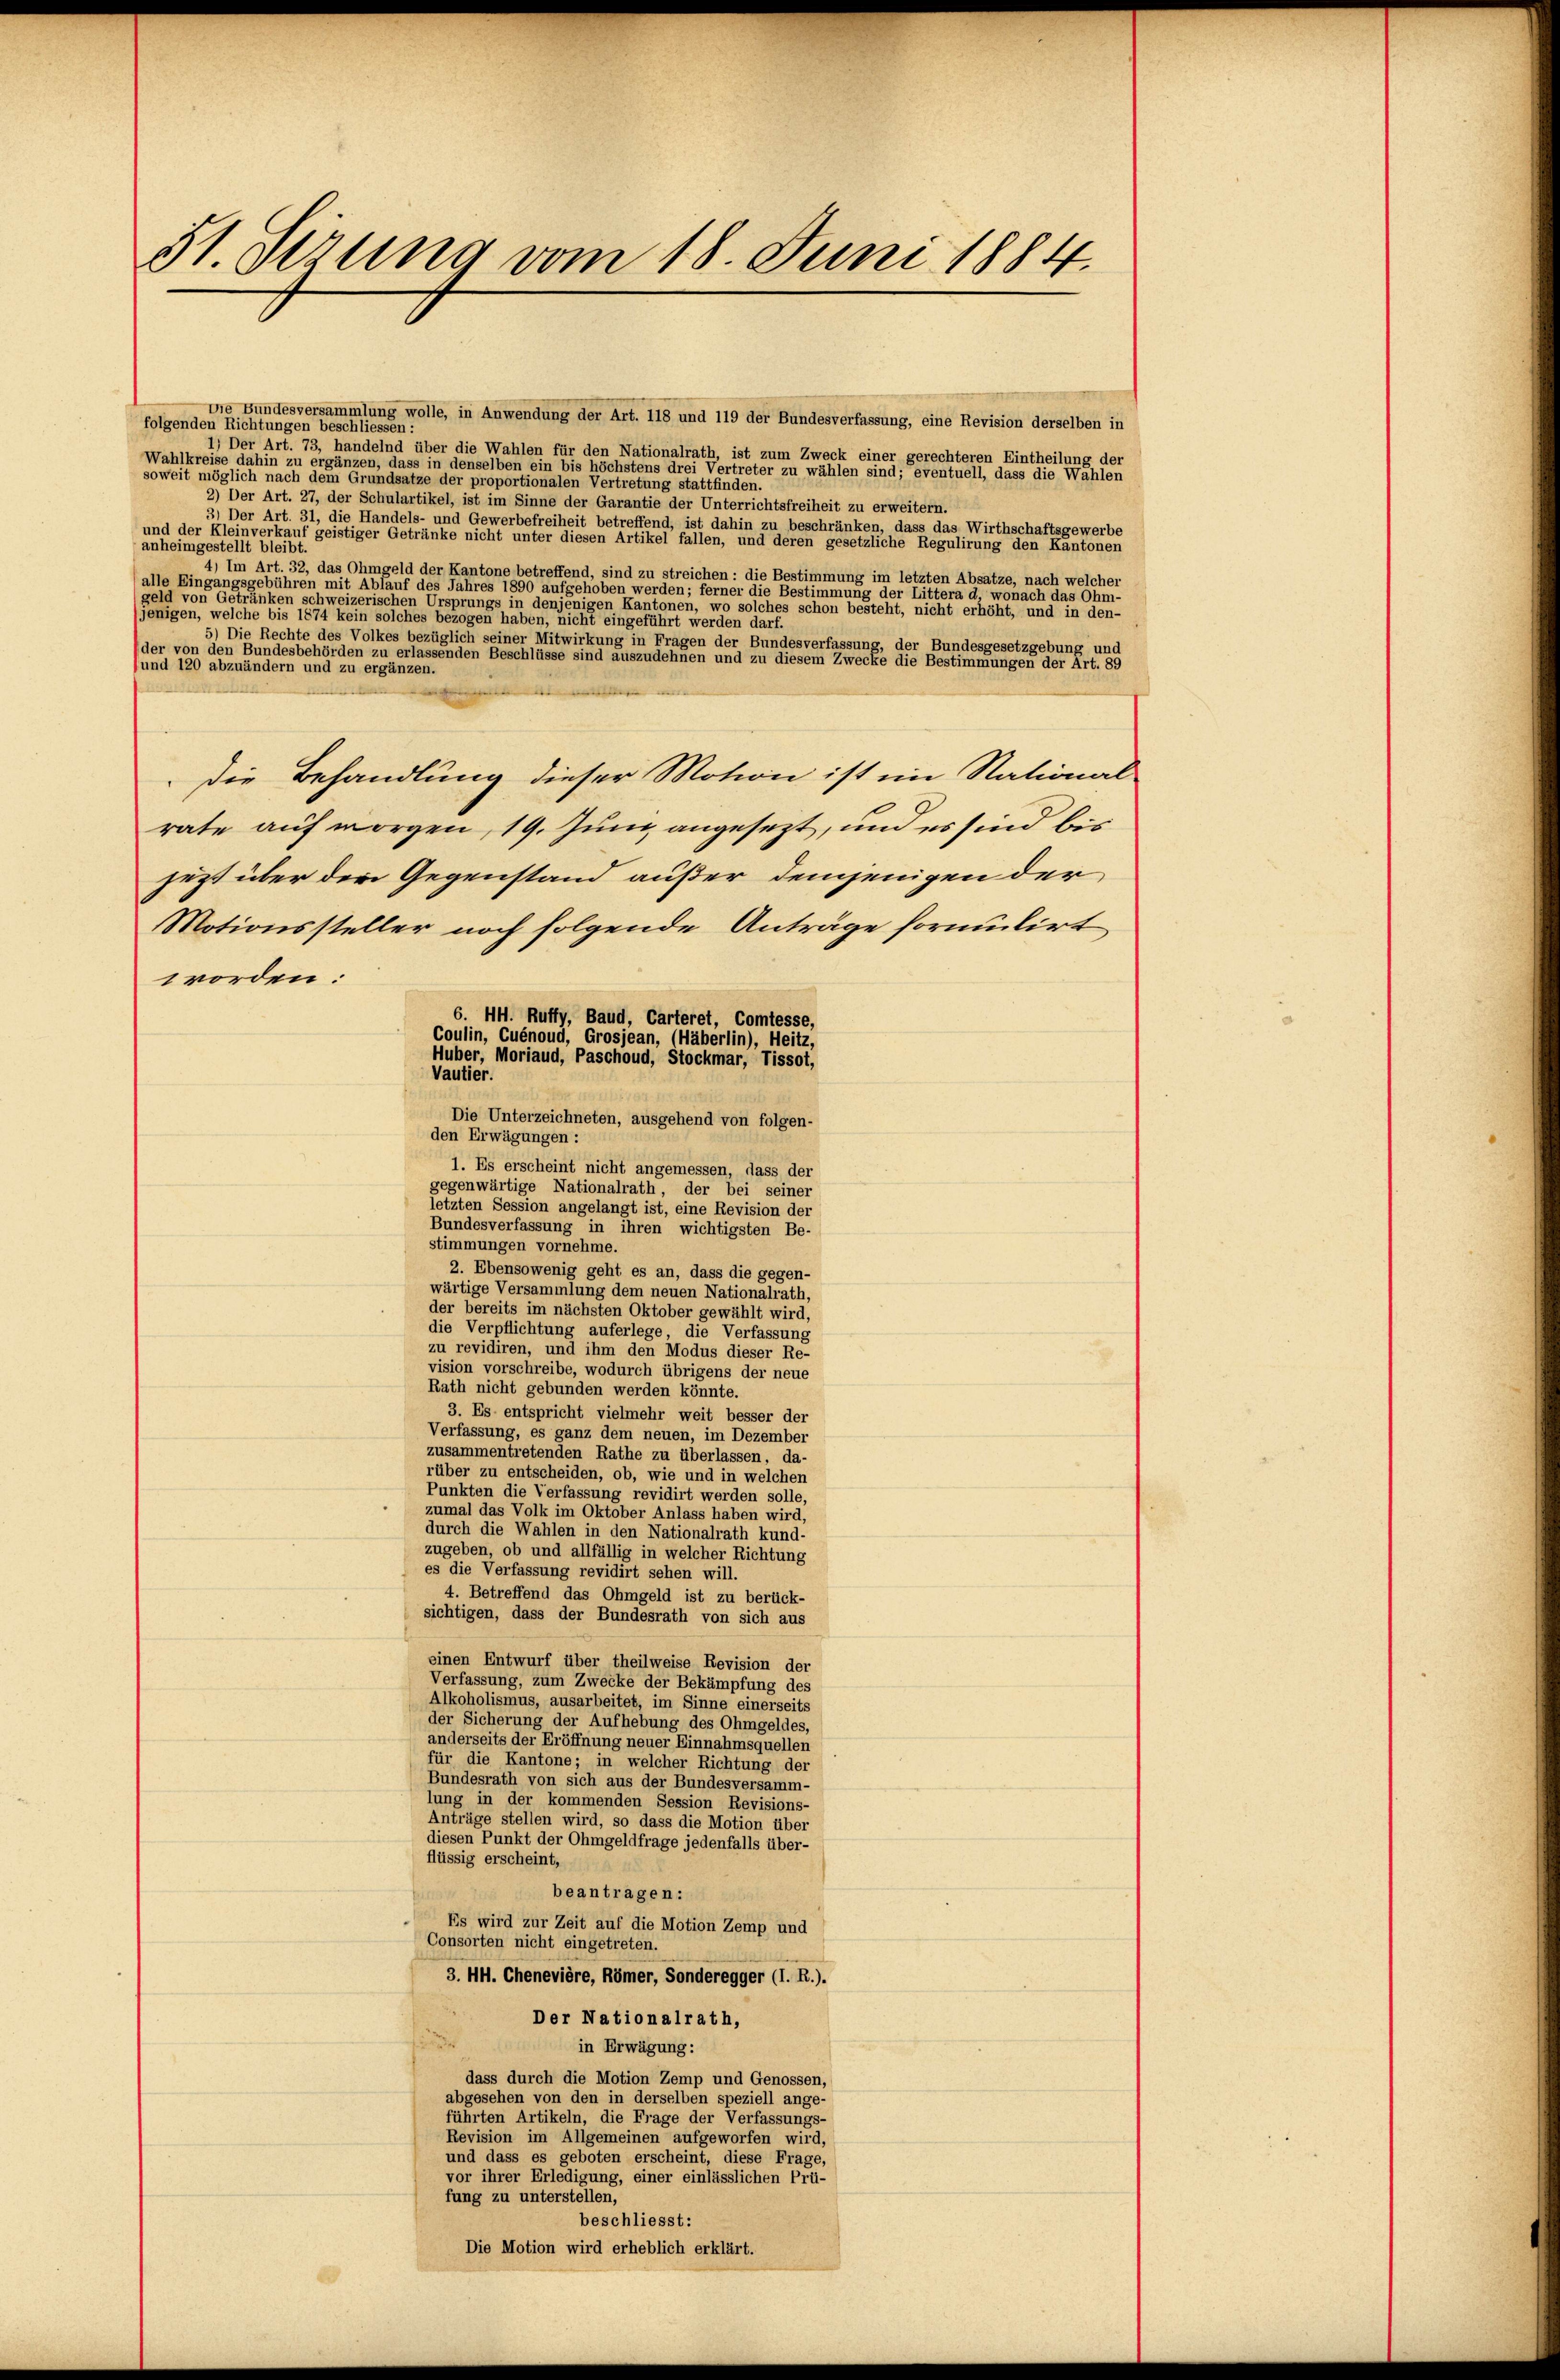
31. Sizung vom 18. Juni 1884.

Die Bundesversammlung wolle, in Anwendung der Art. 118 und 119 der Bundesverfassung, eine Revision derselben in
folgenden Richtungen beschliessen:
1) Der Art. 73, handelnd über die Wahlen für den Nationalrath, ist zum Zweck einer gerechteren Eintheilung der
Wahlkreise dahin zu ergänzen, dass in denselben ein bis höchstens drei Vertreter zu wählen sind; eventuell, dass die Wahlen
soweit möglich nach dem Grundsätze der proportionalen Vertretung stattfinden.
2) Der Art. 27, der Schulartikel, ist im Sinne der Garantie der Unterrichtsfreiheit zu erweitern.
3) Der Art. 31, die Handels- und Gewerbefreiheit betreffend, ist dahin zu beschränken, dass das Wirthschaftsgewerbe
und der Kleinverkauf geistiger Getränke nicht unter diesen Artikel fallen, und deren gesetzliche Regulirung den Kantonen
anheimgestellt bleibt.
4) Im Art. 32, das Ohmgeld der Kantone betreffend, sind zu streichen: die Bestimmung im letzten Absatze, nach welcher
(alle Eingangsgebühren mit Ablauf des Jahres 1890 aufgehoben werden; ferner die Bestimmung der Littera d, wonach das Ohm-
eld von Getränken schweizerischen Ursprungs in denjenigen Kantonen, wo solches schon besteht, nicht erhöht, und in den-
jenigen, welche bis 1874 kein solches bezogen haben, nicht eingeführt werden darf.
5) Die Rechte des Volkes bezüglich seiner Mitwirkung in Fragen der Bundesverfassung, der Bundesgesetzgebung und
(der von den Bundesbehörden zu erlassenden Beschlüsse sind auszudehnen und zu diesem Zwecke die Bestimmungen der Art. 89
und 120 abzuändern und zu ergänzen.
die Behandlung dieser Motion ist im National
rate auf morgen, 19. Juni angesezt, und es sind bis
heit über den Gegenstand außer demjenigen der
Motionssteller noch folgende Anträge formulirt
worden:
6. HH. Ruffy, Baud, Carteret, Comtesse,
Coulin, Cuénoud, Grosjean, (Häberlin), Heitz,
Huber, Moriaud, Paschoud, Stockmar, Tissot,
Vautier.
Die Unterzeichneten, ausgehend von folgen-
den Erwägungen:
1. Es erscheint nicht angemessen, dass der
gegenwärtige Nationalrath, der bei seiner
letzten Session angelangt ist, eine Revision der
Bundesverfassung in ihren wichtigsten Be-
stimmungen vornehme.
2. Ebensowenig geht es an, dass die gegen-
wärtige Versammlung dem neuen Nationalrath,
der bereits im nächsten Oktober gewählt wird,
die Verpflichtung auferlege, die Verfassung
zu revidiren, und ihm den Modus dieser Re-
vision vorschreibe, wodurch übrigens der neue
Rath nicht gebunden werden könnte.
3. Es entspricht vielmehr weit besser der
Verfassung, es ganz dem neuen, im Dezember
zusammentretenden Rathe zu überlassen, da-
rüber zu entscheiden, ob, wie und in welchen
Punkten die Verfassung revidirt werden solle,
zumal das Volk im Oktober Anlass haben wird,
durch die Wahlen in den Nationalrath kund-
zugeben, ob und allfällig in welcher Richtung
es die Verfassung revidirt sehen will.
4. Betreffend das Ohmgeld ist zu berück-
sichtigen, dass der Bundesrath von sich aus
einen Entwurf über theilweise Revision der
Verfassung, zum Zwecke der Bekämpfung des
Alkoholismus, ausarbeitet, im Sinne einerseits
der Sicherung der Aufhebung des Ohmgeldes,
anderseits der Eröffnung neuer Einnahmsquellen
für die Kantone; in welcher Richtung der
Bundesrath von sich aus der Bundesversamm-
lung in der kommenden Session Revisions-
Anträge stellen wird, so dass die Motion über
diesen Punkt der Ohmgeldfrage jedenfalls über-
flüssig erscheint,
beantragen:
Es wird zur Zeit auf die Motion Zemp und
Consorten nicht eingetreten.
3. 44. Chenevière, Römer, Sonderegger (I. R.).
Der Nationalrath,
in Erwägung:
dass durch die Motion Zemp und Genossen,
abgesehen von den in derselben speziell ange-
führten Artikeln, die Frage der Verfassungs-
Revision im Allgemeinen aufgeworfen wird,
und dass es geboten erscheint, diese Frage,
vor ihrer Erledigung, einer einlässlichen Prü-
fung zu unterstellen,
beschliesst: